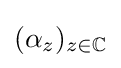
(\alpha _{z})_{z\in \mathbb {C} }